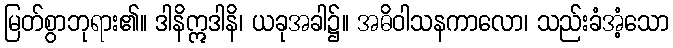
မြတ်စွာဘုရား၏။ ဒါနိဣဒါနိ၊ ယခုအခါ၌။ အဓိဝါသနကာလော၊ သည်းခံအံ့သော